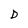
Character: D